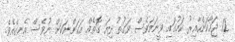
12 ޖަހާކަންހާއިރު ކަމުގައި ވީނަމަވެސް ވަގުތު ދިޔަ ގޮތެއް އަހަންނަކަށް ނުވެސް އެނގެއެވެ.